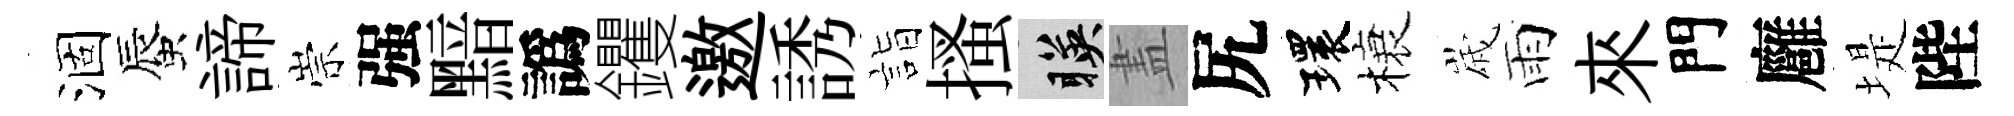
涸蜃諦崇强黯譌钁邀誘詣搔暎𥁞尻環榱𡻕雨來門廱堤陛